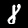
Label: 8